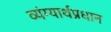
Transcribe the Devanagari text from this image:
व्यंग्यार्थप्रधान